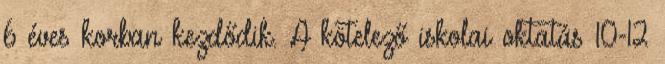
6 éves korban kezdődik. A kötelező iskolai oktatás 10-12